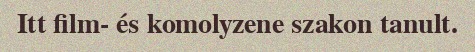
Itt film- és komolyzene szakon tanult.